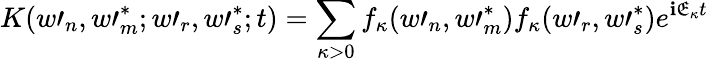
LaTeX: K(w\prime_{n},w\prime_{m}^{\ast};w\prime_{r},w\prime_{s}^{\ast};t)=\sum_{\kappa>0}f_{\kappa}(w\prime_{n},w\prime_{m}^{\ast})f_{\kappa}(w\prime_{r},w\prime_{s}^{\ast})e^{\mathbf{i}\mathfrak{E}_{\kappa}t}